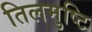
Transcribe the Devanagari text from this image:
तिलमुष्टि